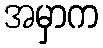
အမှာက